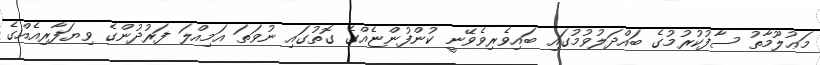
މަޢުލޫމާތު ސާފުކުރުމުގެ ބައްދަލުވުމުގައި ބައިވެރިވެވޭނީ ކުންފުންޏެއްގެ ގޮތުގައި ނުވަތަ އަމިއްލަ ފަރުދުންގެ ވިޔަފާރިއެއްގެ